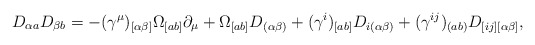
\begin{align*}D_{\alpha a }D_{\beta b }=-(\gamma^\mu)_{[\alpha \beta]} \Omega_{[ a b ]}\partial_\mu+ \Omega_{[ a b ]} D_{(\alpha\beta)}+(\gamma^i)_{[ a b ]} D_{i(\alpha \beta)}+(\gamma^{ij})_{( a b )} D_{[ij][\alpha \beta]},\end{align*}